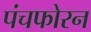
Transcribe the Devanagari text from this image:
पंचफोरन